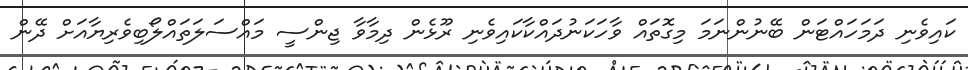
ކައިވެނި ދަމަހައްޓަން ބޭނުންނަމަ މިގޮތައް ވާހަކަނުދައްކާކައިވެނި ރޫޅެން ދިމާވާ ޖިންސީ މައްސަލަތައްލޯބިވެރިޔާއަށް ދޭން